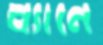
ধ্যানে